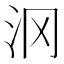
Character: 𱥵